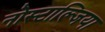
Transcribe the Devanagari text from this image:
नोस्टाल्जिया